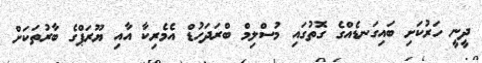
ދީނީ ހަރުކަށި ބައިގަނޑެއްގެ ގޮތުގައި މުސްލިމް ބްރަދަހުޑް އެމެރިކާ އާއި ޔޫރަޕްގެ ބާރުތަކަށް